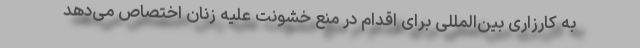
به کارزاری بین‌المللی برای اقدام در منع خشونت علیه زنان اختصاص می‌دهد